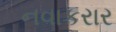
નવાકરાર